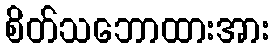
စိတ်သဘောထားအား